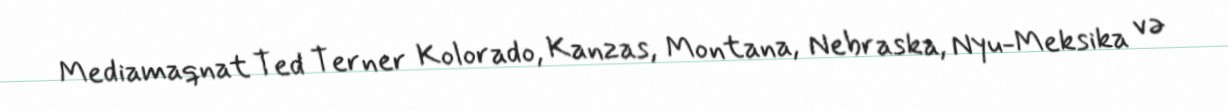
Mediamaqnat Ted Terner Kolorado, Kanzas, Montana, Nebraska, Nyu-Meksika və